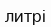
литрі